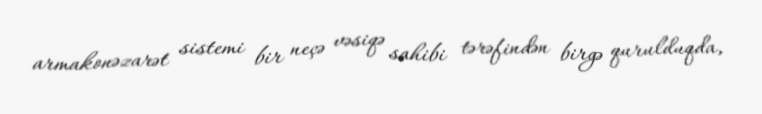
armakonəzarət sistemi bir neçə vəsiqə sahibi tərəfindən birgə qurulduqda,